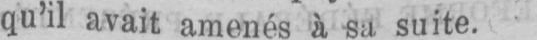
qu’il avait amenés à sa suite.